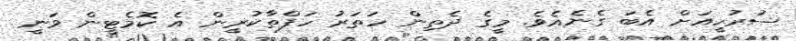
ސުރުހީއަށް އެބަ ގެނެއެވެ. މީގެ ދެތިން ހަތަރު ހަފްތާކުރީން އެ ކޮމެޓީން ވަނީ